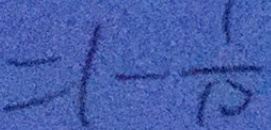
= 1 - \frac { 1 } { 1 0 }